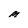
Character: M